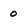
Character: 0